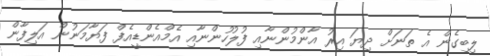
ލިބިގެން އެ ތަނަށް ދިޔަ އިރު އާންމުންނާއި ފުލުހުންނާއި އެމްއެންޑީއެފް ފަޔާމަނުން އަލިފާން